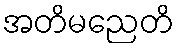
အတိမညေတိ